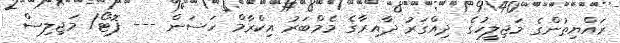
ރައްޔިތުންގެ މަޖިލީހުގެ ދިއްގަރު ދާއިރާގެ މެމްބަރު އިކްރާމް ހަސަން --- ފޮޓޯ/ މަޖިލިސް